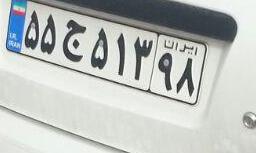
۵۵ج۵۱۳۹۸